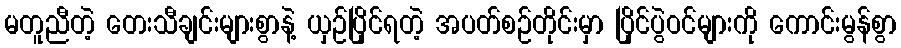
မတူညီတဲ့ တေးသီချင်းများစွာနဲ့ ယှဉ်ပြိုင်ရတဲ့ အပတ်စဉ်တိုင်းမှာ ပြိုင်ပွဲဝင်များကို ကောင်းမွန်စွာ